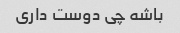
باشه چی دوست داری